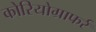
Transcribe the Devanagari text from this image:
कोरियोग्राफर्र